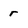
Character: r